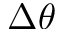
\Delta \theta